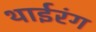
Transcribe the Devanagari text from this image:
थाईरंग